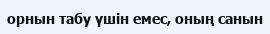
орнын табу үшін емес, оның санын